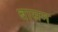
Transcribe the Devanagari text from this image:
बासम